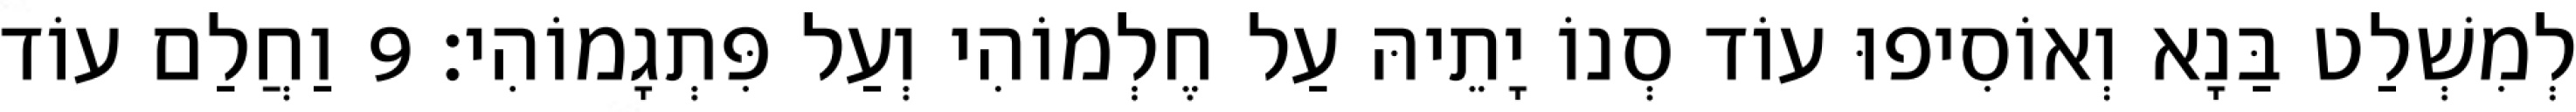
לְמִשְׁלַט בַּנָא וְאוֹסִיפוּ עוֹד סְנוֹ יָתֵיהּ עַל חֶלְמוֹהִי וְעַל פִּתְגָמוֹהִי׃ 9 וַחֲלַם עוֹד